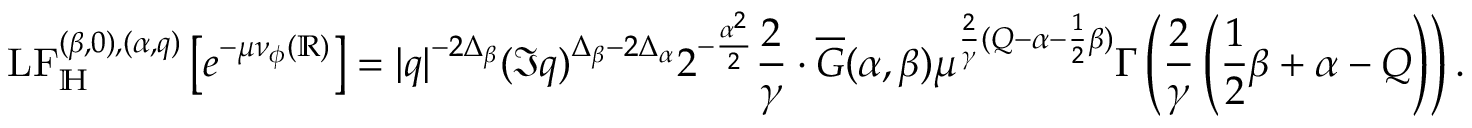
\mathrm { L F } _ { \mathbb H } ^ { ( \beta , 0 ) , ( \alpha , q ) } \left[ e ^ { - \mu \nu _ { \phi } ( \mathbb R ) } \right] = | q | ^ { - 2 \Delta _ { \beta } } ( \Im q ) ^ { \Delta _ { \beta } - 2 \Delta _ { \alpha } } 2 ^ { - \frac { \alpha ^ { 2 } } { 2 } } \frac { 2 } { \gamma } \cdot \overline { G } ( \alpha , \beta ) \mu ^ { \frac { 2 } { \gamma } ( Q - \alpha - \frac { 1 } { 2 } \beta ) } \Gamma \left( \frac { 2 } { \gamma } \left( \frac { 1 } { 2 } \beta + \alpha - Q \right) \right) .